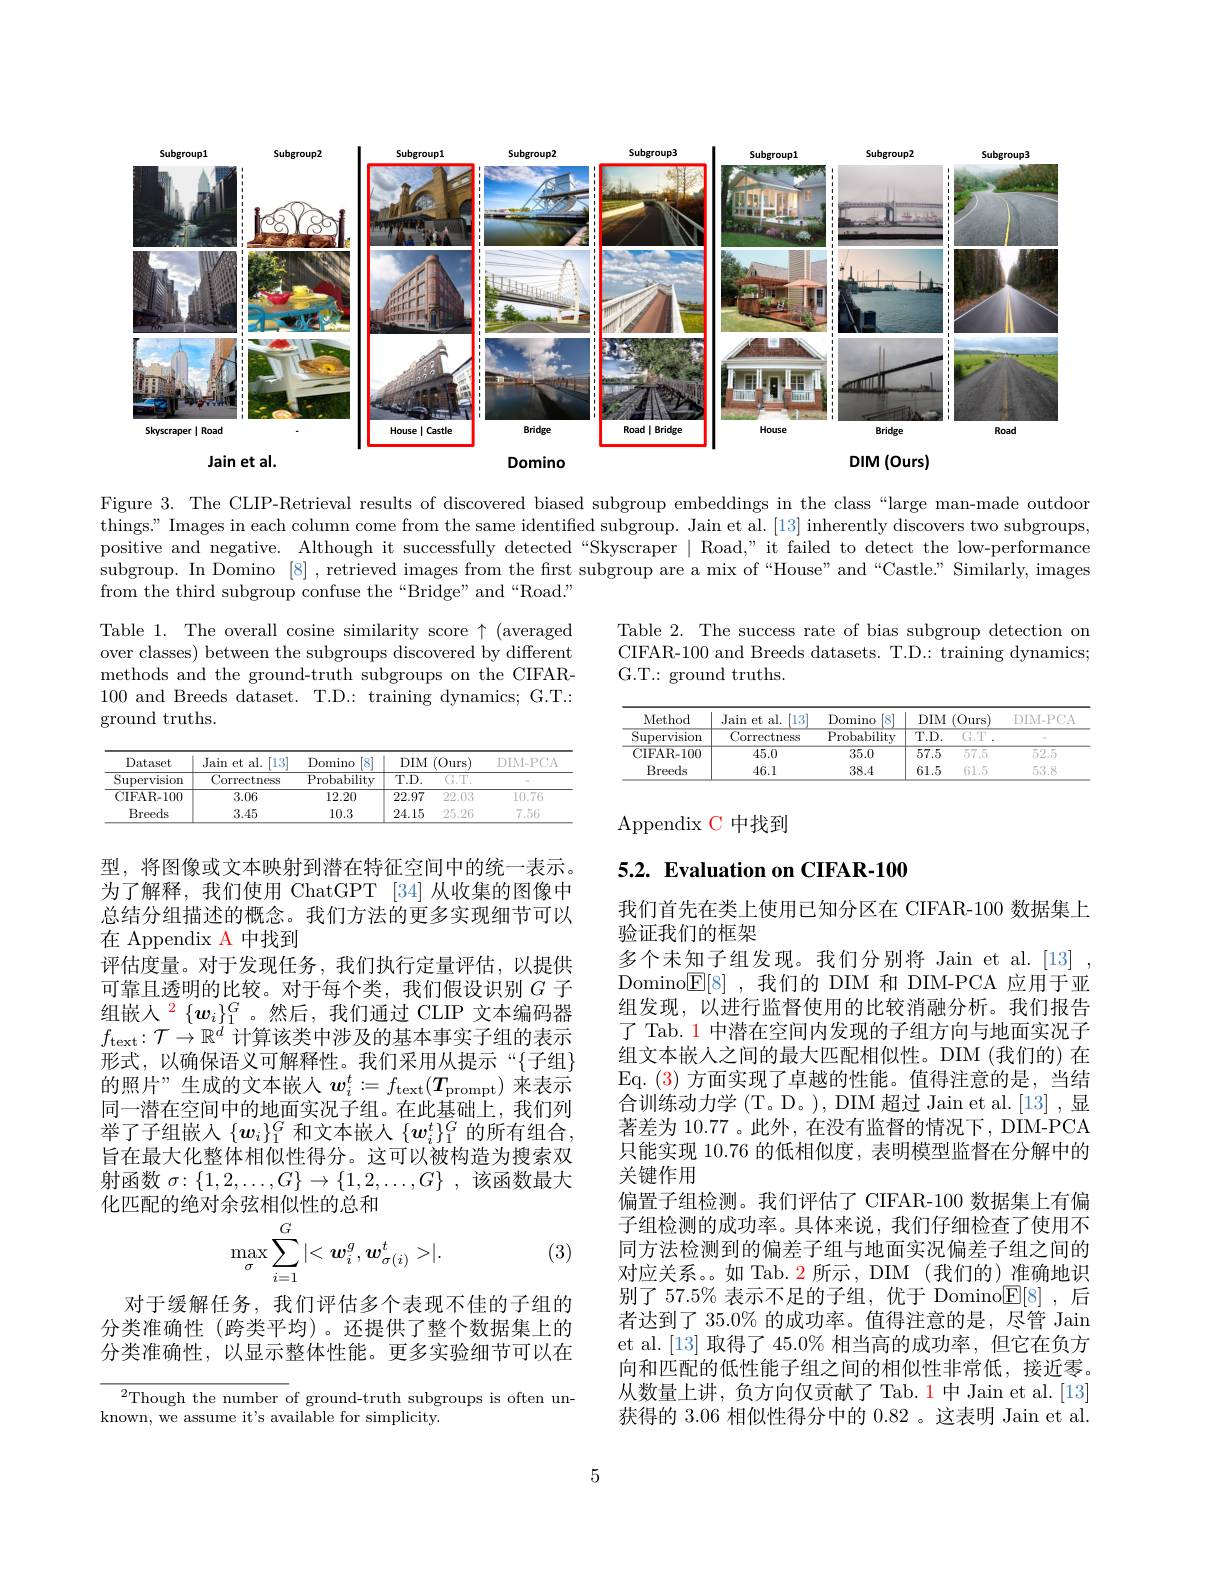
<FigureHere>

Figure 3. The CLIP-Retrieval results of discovered biased subgroup embeddings in the class“large man-made outdoor things" Images in each column come from the same identified subgroup. Jain et al. [13] inherently discovers two subgroups, positive and negative. Although it successfully detected “Skyscraper $\mid$ Road," it failed to detect the low-performance subgroup. In Domino [8] , retrieved images from the first subgroup are a mix of “House” and“Castle” Similarly, images from the third subgroup confuse the“Bridge”and“Road.”

Table 2. The success rate of bias subgroup detection on CIFAR-100 and Breeds datasets. T.D.: training dynamics; G.T.: ground truths.

Table 1. The overall cosine similarity score $\uparrow$ (averaged over classes) between the subgroups discovered by different methods and the ground-truth subgroups on the CIFAR- 100 and Breeds dataset. T.D.: training dynamics; G.T.: ground truths.

<table>
	<tbody>
		<tr>
			<th rowspan="2">Method Supervision</th>
			<th rowspan="2">Jain et $s$ al. [13] Correctness</th>
			<th rowspan="2">Domino $8^{\circ}$ $\overline{{\mathrm{Probability}}}$</th>
			<th colspan="2">$DIM$ $(0urs$</th>
			<th rowspan="2">$DIM=PCA$</th>
		</tr>
		<tr>
			<th>$\overline{\mathrm{T.D.}}$</th>
			<th>$\overline{\begin{pmatrix}1&1\\1&1\end{pmatrix}^{\prime}}$</th>
		</tr>
		<tr>
			<td>CIFAR- 100</td>
			<td>45.0</td>
			<td>35.0</td>
			<td>$\overline{57.5}$</td>
			<td>575</td>
			<td>$5\sum_{i=1}^{\infty}\frac{1}{i}$</td>
		</tr>
		<tr>
			<td>$\operatorname{Breeds}$</td>
			<td>46.1</td>
			<td>38.4</td>
			<td>61.5</td>
			<td>61.5</td>
			<td>5,3,8</td>
		</tr>
	</tbody>
</table>

<table>
	<tbody>
		<tr>
			<th rowspan="2">Dataset Supervision</th>
			<th rowspan="2">Jain et al. [13] Correctness</th>
			<th rowspan="2">Domino [8] $\operatorname{Probability}$</th>
			<th colspan="2">$DIM$ $(0urs$</th>
			<th rowspan="2">$DIN=PCA$</th>
		</tr>
		<tr>
			<th>$\overline{\mathrm{T.D.}}$</th>
			<th>$\begin{pmatrix}y&y\\y&y\end{pmatrix}$,</th>
		</tr>
		<tr>
			<td>${\mathrm{CIFAR-100}}$</td>
			<td>3.06</td>
			<td>12.20</td>
			<td>22.97</td>
			<td>22,03</td>
			<td>10.76</td>
		</tr>
		<tr>
			<td>Breeds</td>
			<td>3.45</td>
			<td>10.3</td>
			<td>24.15</td>
			<td>25.26</td>
			<td>$\sum_{i=1}^{m}\frac{1}{i}6$</td>
		</tr>
	</tbody>
</table>

Appendix C 中找到

5.2. Evaluation on CIFAR-100

型，将图像或文本映射到潜在特征空间中的统一表示。为了解释，我们使用 ChatGPT [34] 从收集的图像中总结分组描述的概念。我们方法的更多实现细节可以在 Appendix A 中找到
评估度量。对于发现任务，我们执行定量评估，以提供可靠且透明的比较。对于每个类，我们假设识别$G$子组嵌人$\overset{2}{\operatorname*{\operatorname*{\operatorname*{\longrightarrow}}}}\{\boldsymbol{w}_i\}_1^G$。然后，我们通过 CLIP 文本编码器$f_{\mathrm{text}}: \mathcal{T} \to \mathbb{R} ^d$计算该类中涉及的基本事实子组的表示形式，以确保语义可解释性。我们采用从提示“{子组} 的照片”生成的文本嵌入$w_i^t:=f_{\mathrm{text}}(T_{\mathrm{prompt}})$来表示同一潜在空间中的地面实况子组。在此基础上，我们列举了子组嵌入$\{\boldsymbol w_i\}_1^G$ 和文本嵌人$\{\boldsymbol w_i^t\}_1^G$ 的所有组合， 旨在最大化整体相似性得分。这可以被构造为搜索双射函数 $\sigma\colon\{1,2,\ldots,G\}\to\{1,2,\ldots,G\}~,~$该函数最大化匹配的绝对余弦相似性的总和
$$\max_{\sigma}\sum_{i=1}^{G}|<\boldsymbol{w}_{i}^{g},\boldsymbol{w}_{\sigma(i)}^{t}>|.$$
我们首先在类上使用已知分区在 CIFAR-100 数据集上
验证我们的框架
多个未知子组发现。我们分别将 Jain et al.[13] Domino$\underline{\mathbb{E}}[8]$,我们的 DIM 和 DIM-PCA 应用于亚组发现，以进行监督使用的比较消融分析。我们报告了 Tab. 1 中潜在空间内发现的子组方向与地面实况子组文本嵌入之间的最大匹配相似性。DIM (我们的) 在Eq. ( 3) 方 面 实 现 了 卓 越 的 性 能 。值 得 注 意 的 是 , 当 结 合训练动力学(T。D。), DIM 超过 Jain et al.[13] ,显著差为 10.77 。此外 , 在没有监督的情况下 , DIM-PCA 只能实现 10.76 的低相似度，表明模型监督在分解中的关键作用
偏置子组检测。我们评估了 CIFAR-100 数据集上有偏子组检测的成功率。具体来说，我们仔细检查了使用不同方法检测到的偏差子组与地面实况偏差子组之间的对应关系。如 Tab. 2 所示，DIM (我们的) 准确地识别了 57.5% 表示不足的子组，优于 Domino$\mathbb{E}[8]$,后者达到了$35.0\%$的成功率。值得注意的是，尽管 Jain et al.[13]取得了 45.0% 相当高的成功率，但它在负方向和匹配的低性能子组之间的相似性非常低，接近零。从数量上讲，负方向仅贡献了 Tab.1中Jain et al.[13] 获得的 3.06 相似性得分中的 0.82 。这表明 Jain et al.

(3)

对于缓解任务，我们评估多个表现不佳的子组的分类准确性(跨类平均)。还提供了整个数据集上的分类准确性，以显示整体性能。更多实验细节可以在

$^{2}$Though the number of ground- truth subgroups is often un-
known, we assume it's available for simplicity.

5